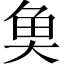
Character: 𩵋